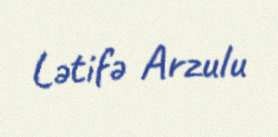
Lətifə Arzulu